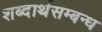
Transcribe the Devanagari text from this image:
शब्दार्थसम्बन्ध